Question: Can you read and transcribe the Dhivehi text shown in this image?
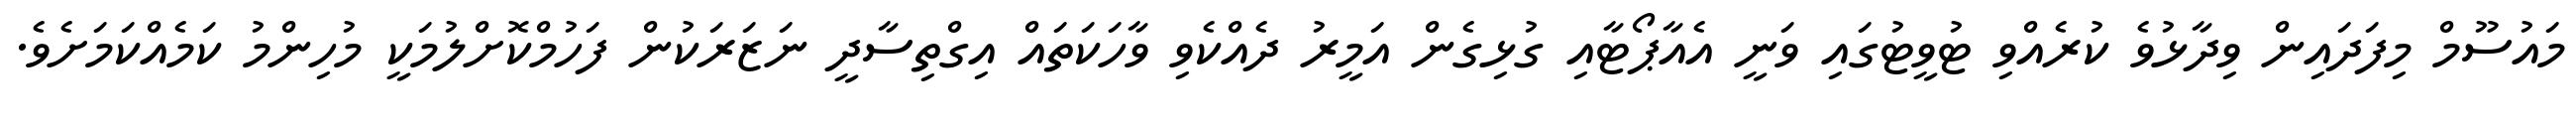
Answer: މައުސޫމް މިފަދައިން ވިދާޅުވެ ކުރެއްވި ޓުވީޓުގައި ވަނީ އެއާޕޯޓާއި ގުޅިގެން އަމީރު ދެއްކެވި ވާހަކަތައް އިގްތިސާދީ ނަޒަރަކުން ފަހުމްކޮށްލުމަކީ މުހިންމު ކަމެއްކަމަށެވެ.